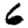
Digit: 6